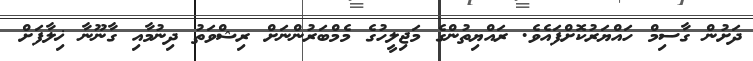
ދަށުން ގާސިމް ހައްޔަރުކޮށްފައެވެ. ރައްޔިތުންގެ މަޖިލީހުގެ މެމްބަރުންނަށް ރިޝްވަތު ދިނުމާއި ގާނޫނާ ޚިލާފަށް